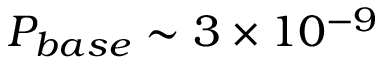
P _ { b a s e } \sim 3 \times 1 0 ^ { - 9 }